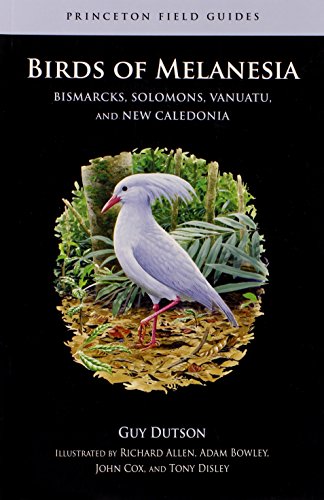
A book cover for Birds of Melanesia: Bismarcks, Solomons, Vanuatu, and New Caledonia (Princeton Field Guides); Guy Dutson; Sports & Outdoors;